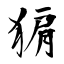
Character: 猏